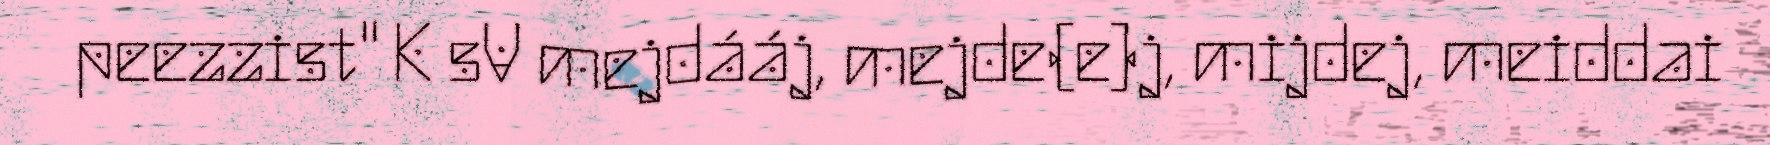
peezzist" K sV mejdááj, mejde(e)j, mijdej, meiddai